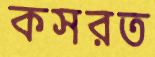
কসরত